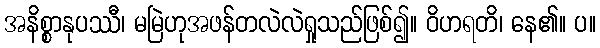
အနိစ္စာနုပဿီ၊ မမြဲဟုအဖန်တလဲလဲရှုသည်ဖြစ်၍။ ဝိဟရတိ၊ နေ၏။ ပ။